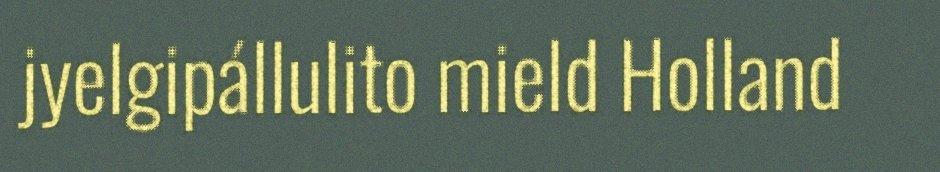
jyelgipállulito mield Holland